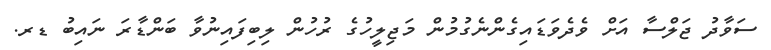
ސަވާދު ޖަލްސާ އަށް ވެދެވަޑައިގެންނެގުމުން މަޖިލީހުގެ ރުހުން ލިބިފައިނުވާ ބަންޑާރަ ނައިބު ޑރ.